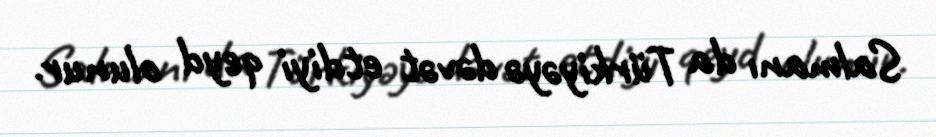
Salmanı da Türkiyəyə dəvət etdiyi qeyd olunur.